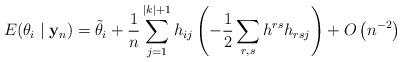
LaTeX: \begin{align*}E(\theta_i \mid {\bf y}_n)= \tilde{\theta}_i + \frac{1}{n} \sum_{j=1}^{|k|+1} h_{ij} \left( -\frac{1}{2} \sum_{r,s}^{} h^{rs} h_{rsj} \right) + O \left( n^{-2} \right)\end{align*}